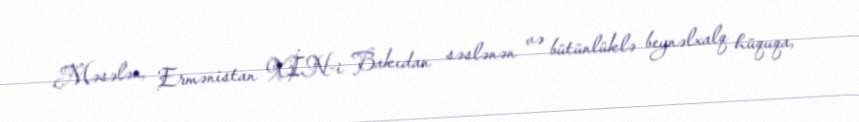
Məsələn, Ermənistan XİN-i Bakıdan səslənən və bütünlüklə beynəlxalq hüquqa,